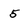
Character: 5